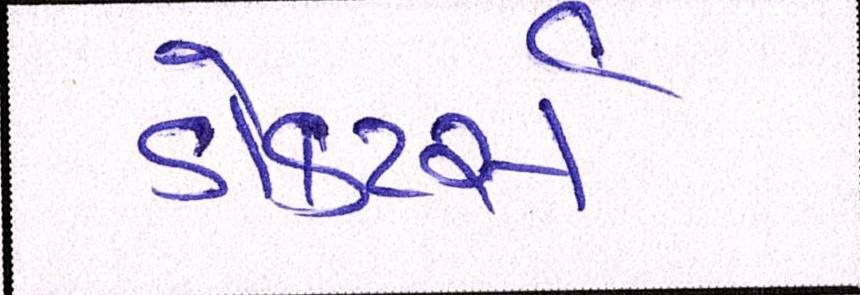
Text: ડૉક્ટર્સ